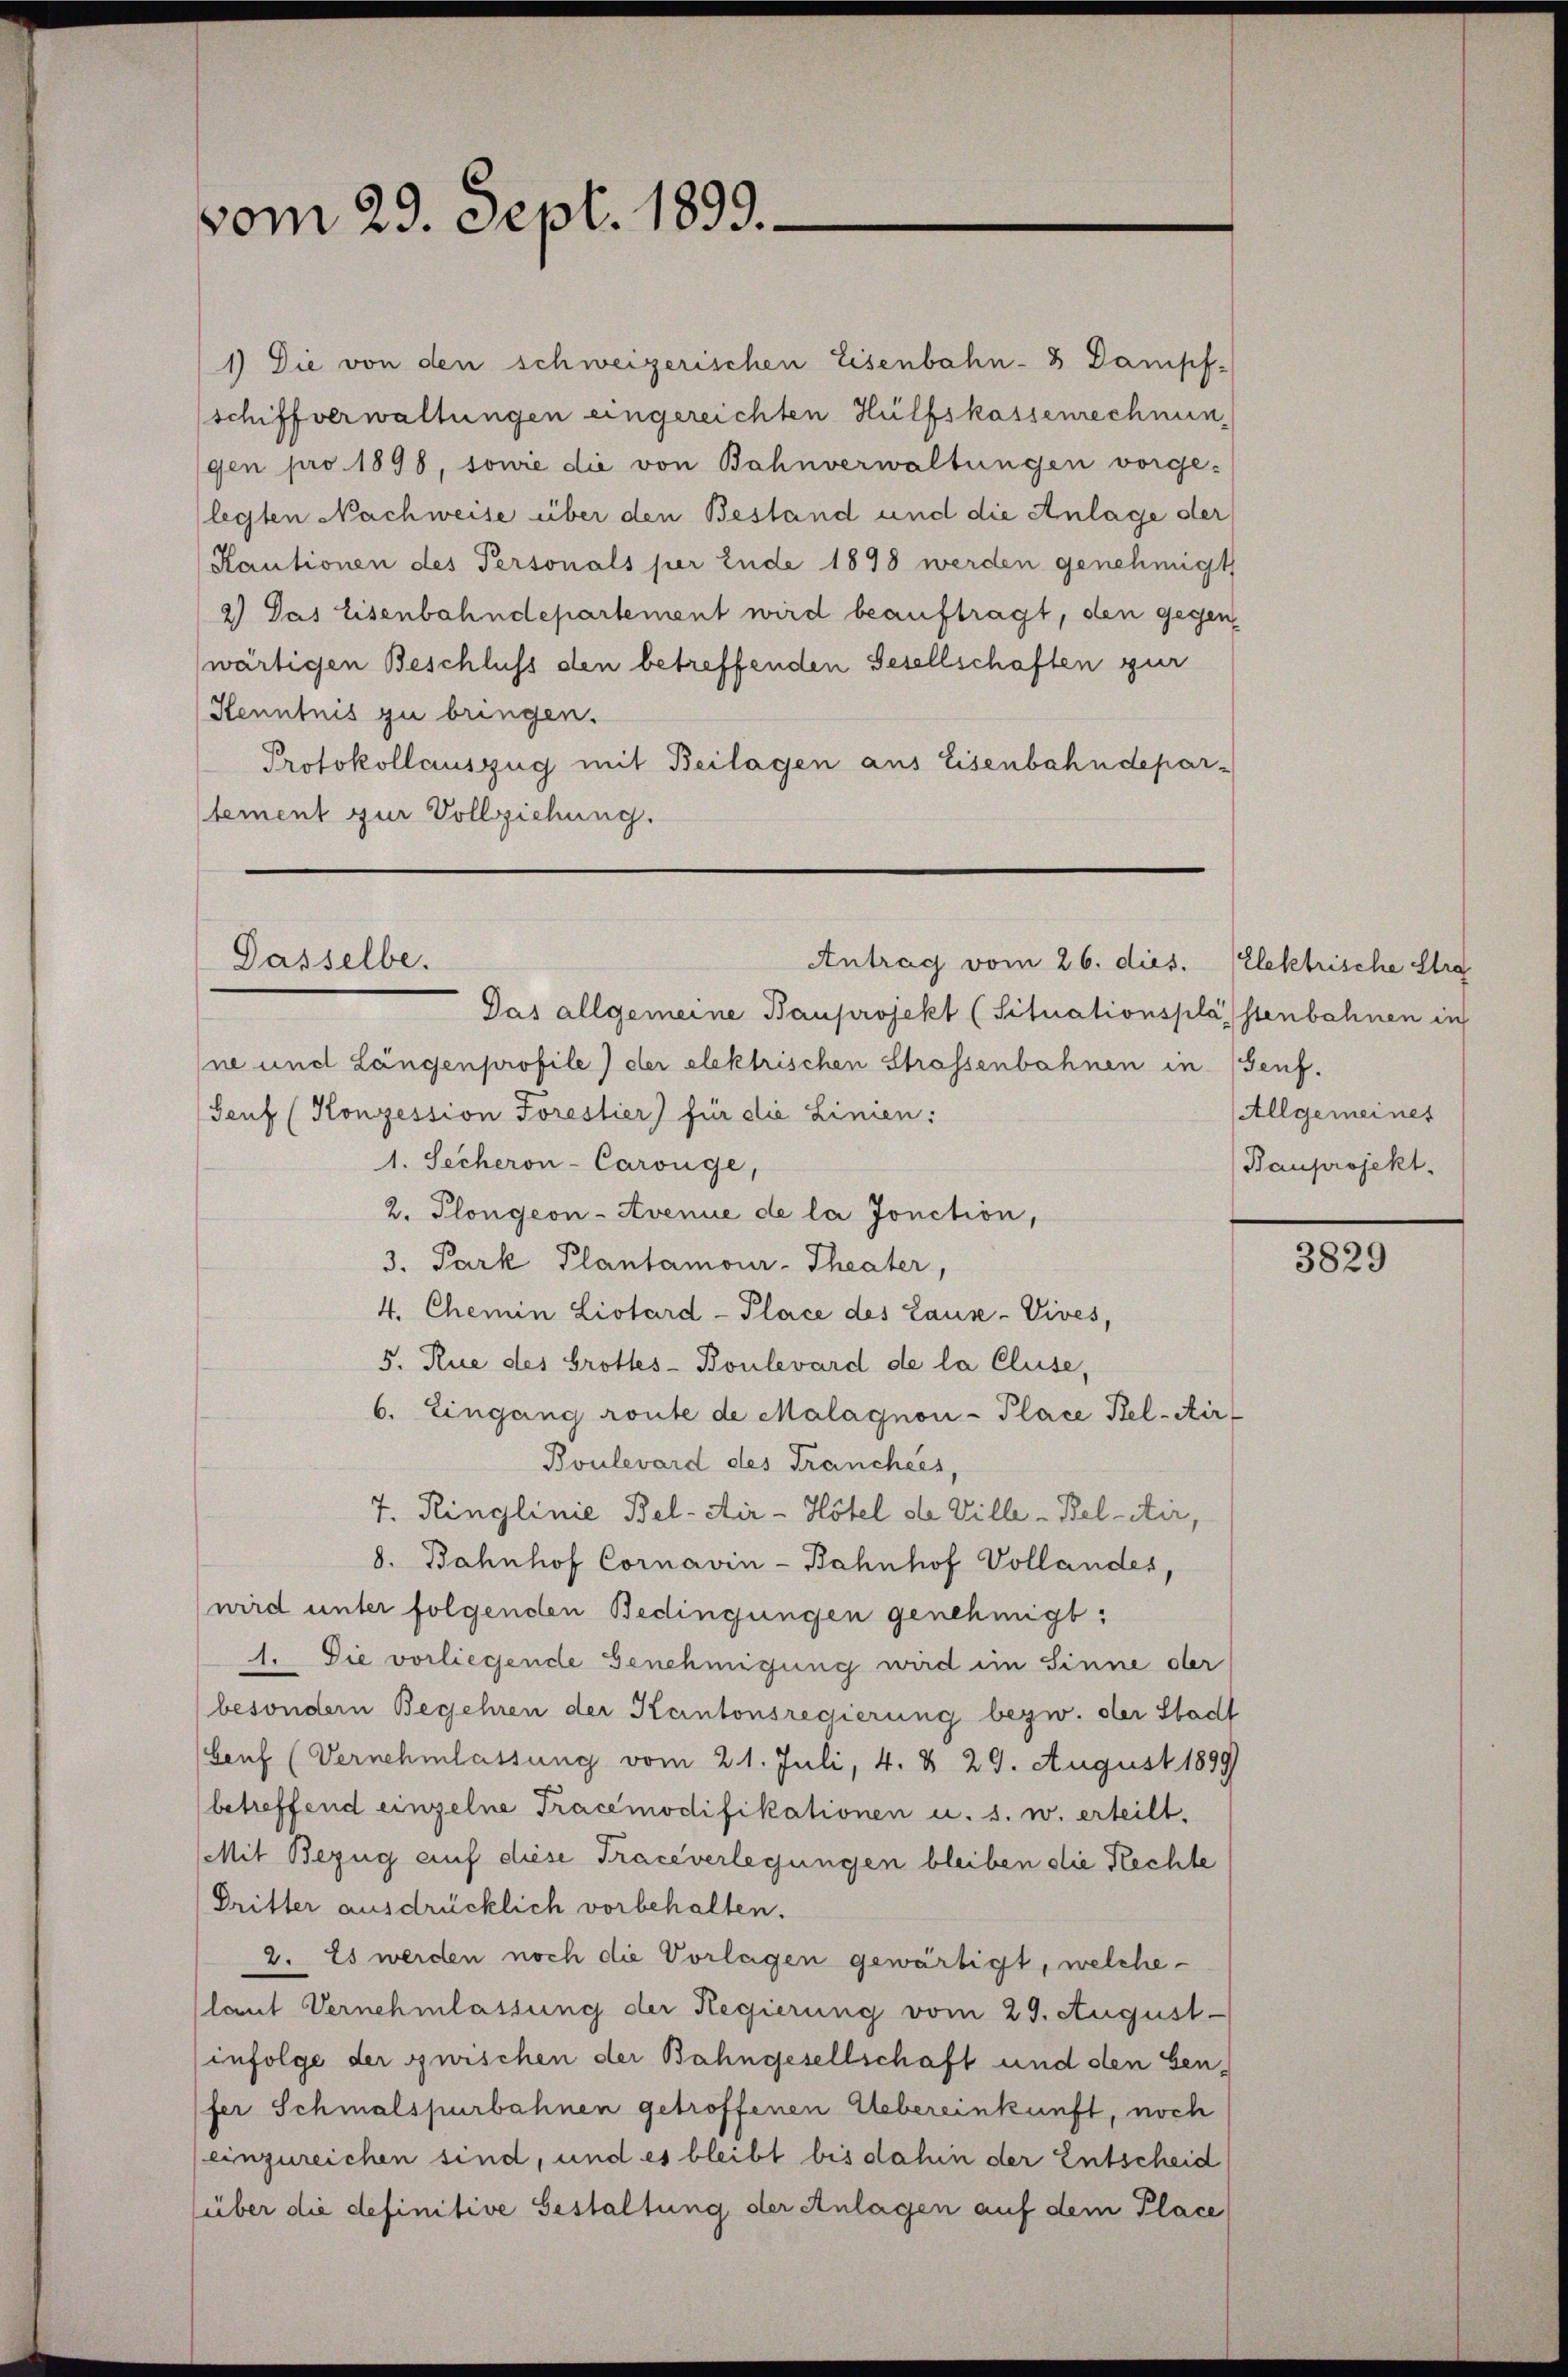
vom 29. Sept. 1899.

1) Die von den schweizerischen Eisenbahn-8 Dampf-
schiff verwaltungen eingereichten Hülfskassenrechnungen pro 1898, sowie die von Bahnverwaltungen vorge-
legten Nachweise über den Bestand und die Anlage der
Kautionen des Personals per Ende 1898 werden genehmigt
2) Das Eisenbahndepartement wird beauftragt, den gegenwärtigen Beschluss den betreffenden Gesellschaften zur
Kenntnis zu bringen.
Protokollauszug mit Beilagen aus Eisenbahndepartement zur Vollziehung.

Das allgemeine Bauprojekt (Situationsplastenbahnen in
ne und Längenprofile) der elektrischen Strassenbahnen in (Genf.
Genf (Konzession Forestier) für die Linien:
1. Secheron-Carouge,
2. Plongeon-Avenue de la fonction,
3. Park Plantamour-Theater,
4. Chemin Liotard-Place des Lause-Vives,
5. Rue des Grottes- Boulevard de la Cluse,
6. Eingang route de Malagnon- Place Kel-Air
Boulevard des Franchees,
7. Ringlinie Bel-Air - Hotel de Ville-Bel-Air,
8. Bahnhof Cornavin-Bahnhof Vollandes,
wird unter folgenden Bedingungen genehmigt:
1. Die vorliegende Genehmigung wird im Sinne der
besondern Begehren der Kantonsregierung bezw. der Stadt
Genf (Vernehmlassung vom 21. Juli, 4. d. 29. August 1899
betreffend einzelne Tracemodifikationen u. s. w. erteilt.
Mit Bezug auf diese Traceverlegungen bleiben die Rechte
Dritter ausdrücklich vorbehalten.
2. Es werden noch die Vorlagen gewärtigt, welche
laut Vernehmlassung der Regierung vom 29. August
infolge der zwischen der Bahngesellschaft und den Genfer Schmalspurbahnen getroffenen Uebereinkunft, noch
einzureichen sind, und es bleibt bis dahin der Entscheid
(über die definitive Bestaltung der Anlagen auf dem Place

Dasselbe.
Antrag vom 26. dies. (Elektrische Stra

Allgemeines
Bauprojekt.

3829